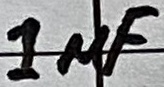
Text: 1µF